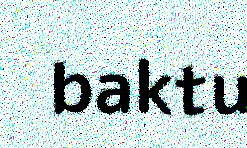
baktu